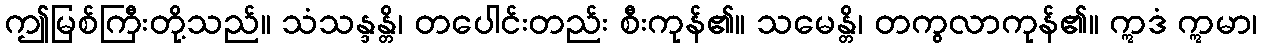
ဤမြစ်ကြီးတို့သည်။ သံသန္ဒန္တိ၊ တပေါင်းတည်း စီးကုန်၏။ သမေန္တိ၊ တကွလာကုန်၏။ ဣဒံ ဣမာ၊